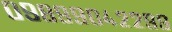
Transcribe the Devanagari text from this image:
०९८९९०४२२९९